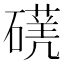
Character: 𥖈